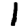
Digit: 1